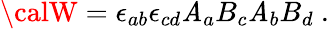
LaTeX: {\calW}=\epsilon_{ab}\epsilon_{cd}\mathit{A}_{a}B_{c}\mathit{A}_{b}B_{d}~.